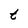
Character: t